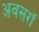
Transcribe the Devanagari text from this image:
अवसरॉ